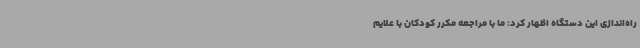
راه‌اندازی این دستگاه اظهار کرد: ما با مراجعه مکرر کودکان با علایم